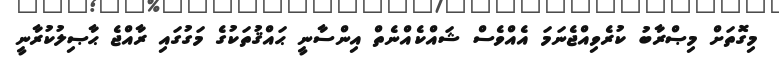
މިގޮތަށް މިޞްރާބު ކުރެވިއްޖެނަމަ އެއްވެސް ޝައްކެއްނެތް އިންސާނީ ޙައްޤުތަކުގެ މަގުގައި ރާއްޖެ ޙާޞިލުކުރާނީ